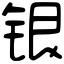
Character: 银